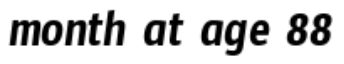
month at age 88